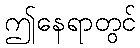
ဤနေရာတွင်